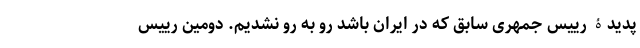
پدیدۀ رییس جمهری سابق که در ایران باشد رو به رو نشدیم. دومین رییس